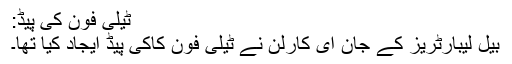
ٹیلی فون کی پیڈ:
بیل لیبارٹریز کے جان ای کارلن نے ٹیلی فون کاکی پیڈ ایجاد کیا تھا۔